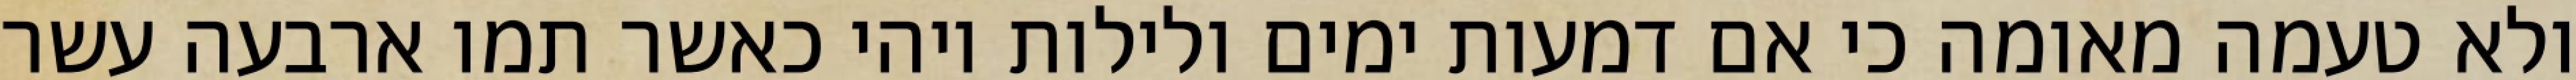
ולא טעמה מאומה כי אם דמעות ימים ולילות ויהי כאשר תמו ארבעה עשר